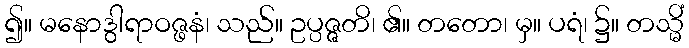
၍။ မနောဒွါရာဝဇ္ဖနံ၊ သည်။ ဥပ္ပဇ္ဇတိ၊ ၏။ တတော၊ မှ။ ပရံ၊ ၌။ တသ္မိံ